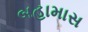
બહામાસ